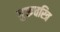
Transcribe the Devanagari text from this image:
गुरूचरित्र